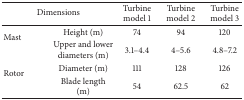
<table><thead><tr><td colspan="2"><b>Dimensions</b></td><td><b>Turbine model 1</b></td><td><b>Turbine model 2</b></td><td><b>Turbine model 3</b></td></tr></thead><tbody><tr><td rowspan="2">Mast</td><td>Height (m)</td><td>74</td><td>94</td><td>120</td></tr><tr><td>Upper and lower diameters (m)</td><td>3.1–4.4</td><td>4–5.6</td><td>4.8–7.2</td></tr><tr><td rowspan="2">Rotor</td><td>Diameter (m)</td><td>111</td><td>128</td><td>126</td></tr><tr><td>Blade length (m)</td><td>54</td><td>62.5</td><td>62</td></tr></tbody></table>